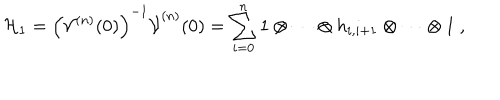
{ \cal H } _ { 1 } = \left( { \cal V } ^ { ( n ) } ( 0 ) \right) ^ { - 1 } \dot { \cal V } ^ { ( n ) } ( 0 ) = \sum _ { i = 0 } ^ { n } 1 \otimes \cdots \otimes h _ { i , i + 1 } \otimes \cdots \otimes 1 ~ ,